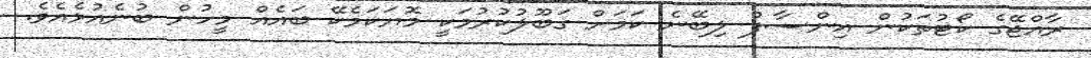
ރާއްޖޭގެ ކޯޓުތަކުން އިންސާފު ލިބޭނެ ކަމަށް ގަބޫލުކުރުމަކީ މޮޔަކަމެކޭ ބައެއް މީހުން ބުނެއުޅެއެވެ.